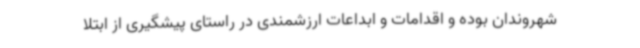
شهروندان بوده و اقدامات و ابداعات ارزشمندی در راستای پیشگیری از ابتلا